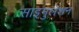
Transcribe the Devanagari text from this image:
साइमुलेशन